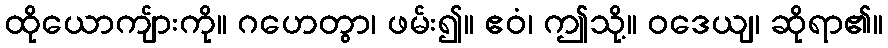
ထိုယောကျ်ားကို။ ဂဟေတွာ၊ ဖမ်း၍။ ဧဝံ၊ ဤသို့။ ဝဒေယျ၊ ဆိုရာ၏။